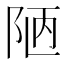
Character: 陋